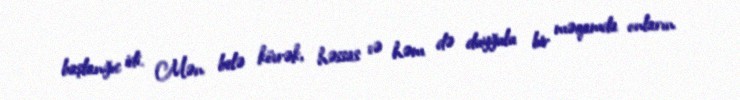
başlanğıc idi. Mən belə kövrək, həssas və həm də duyğulu bir məqamda onların